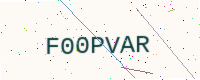
Text: F00PVAR